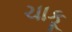
ચાકૂ